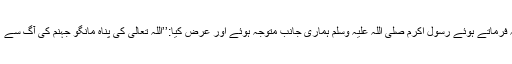
یہ فرماتے ہوئے رسول اکرم صلی اللہ علیہ وسلم ہماری جانب متوجہ ہوئے اور عرض کیا:’’اللہ تعالیٰ کی پناہ مانگو جہنم کی آگ سے ‘‘۔